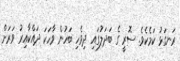
ރަނގަޅު ކަމެކެވެ. ސޮރީ ގެ ބަދަލުގައި ދިވެހި ބަހުން ވާހަކަ ދައްކާއިރު ވަރަށް